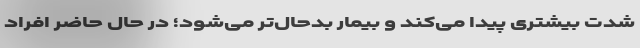
شدت بیشتری پیدا می‌کند و بیمار بدحال‌تر می‌شود؛ در حال حاضر افراد